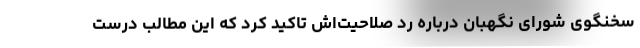
سخنگوی شورای نگهبان درباره رد صلاحیت‌اش تاکید کرد که این مطالب درست